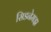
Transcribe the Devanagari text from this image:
सिडनेमझ